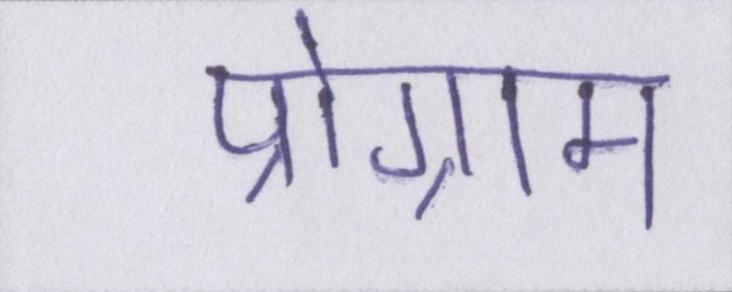
प्रोग्राम